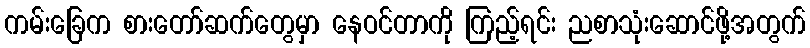
ကမ်းခြေက စားတော်ဆက်တွေမှာ နေဝင်တာကို ကြည့်ရင်း ညစာသုံးဆောင်ဖို့အတွက်